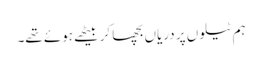
ہم ٹیلوں پر دریاں بچھا کر بیٹھے ہوئے تھے۔